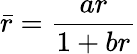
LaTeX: \bar{r}=\frac{ar}{1+br}